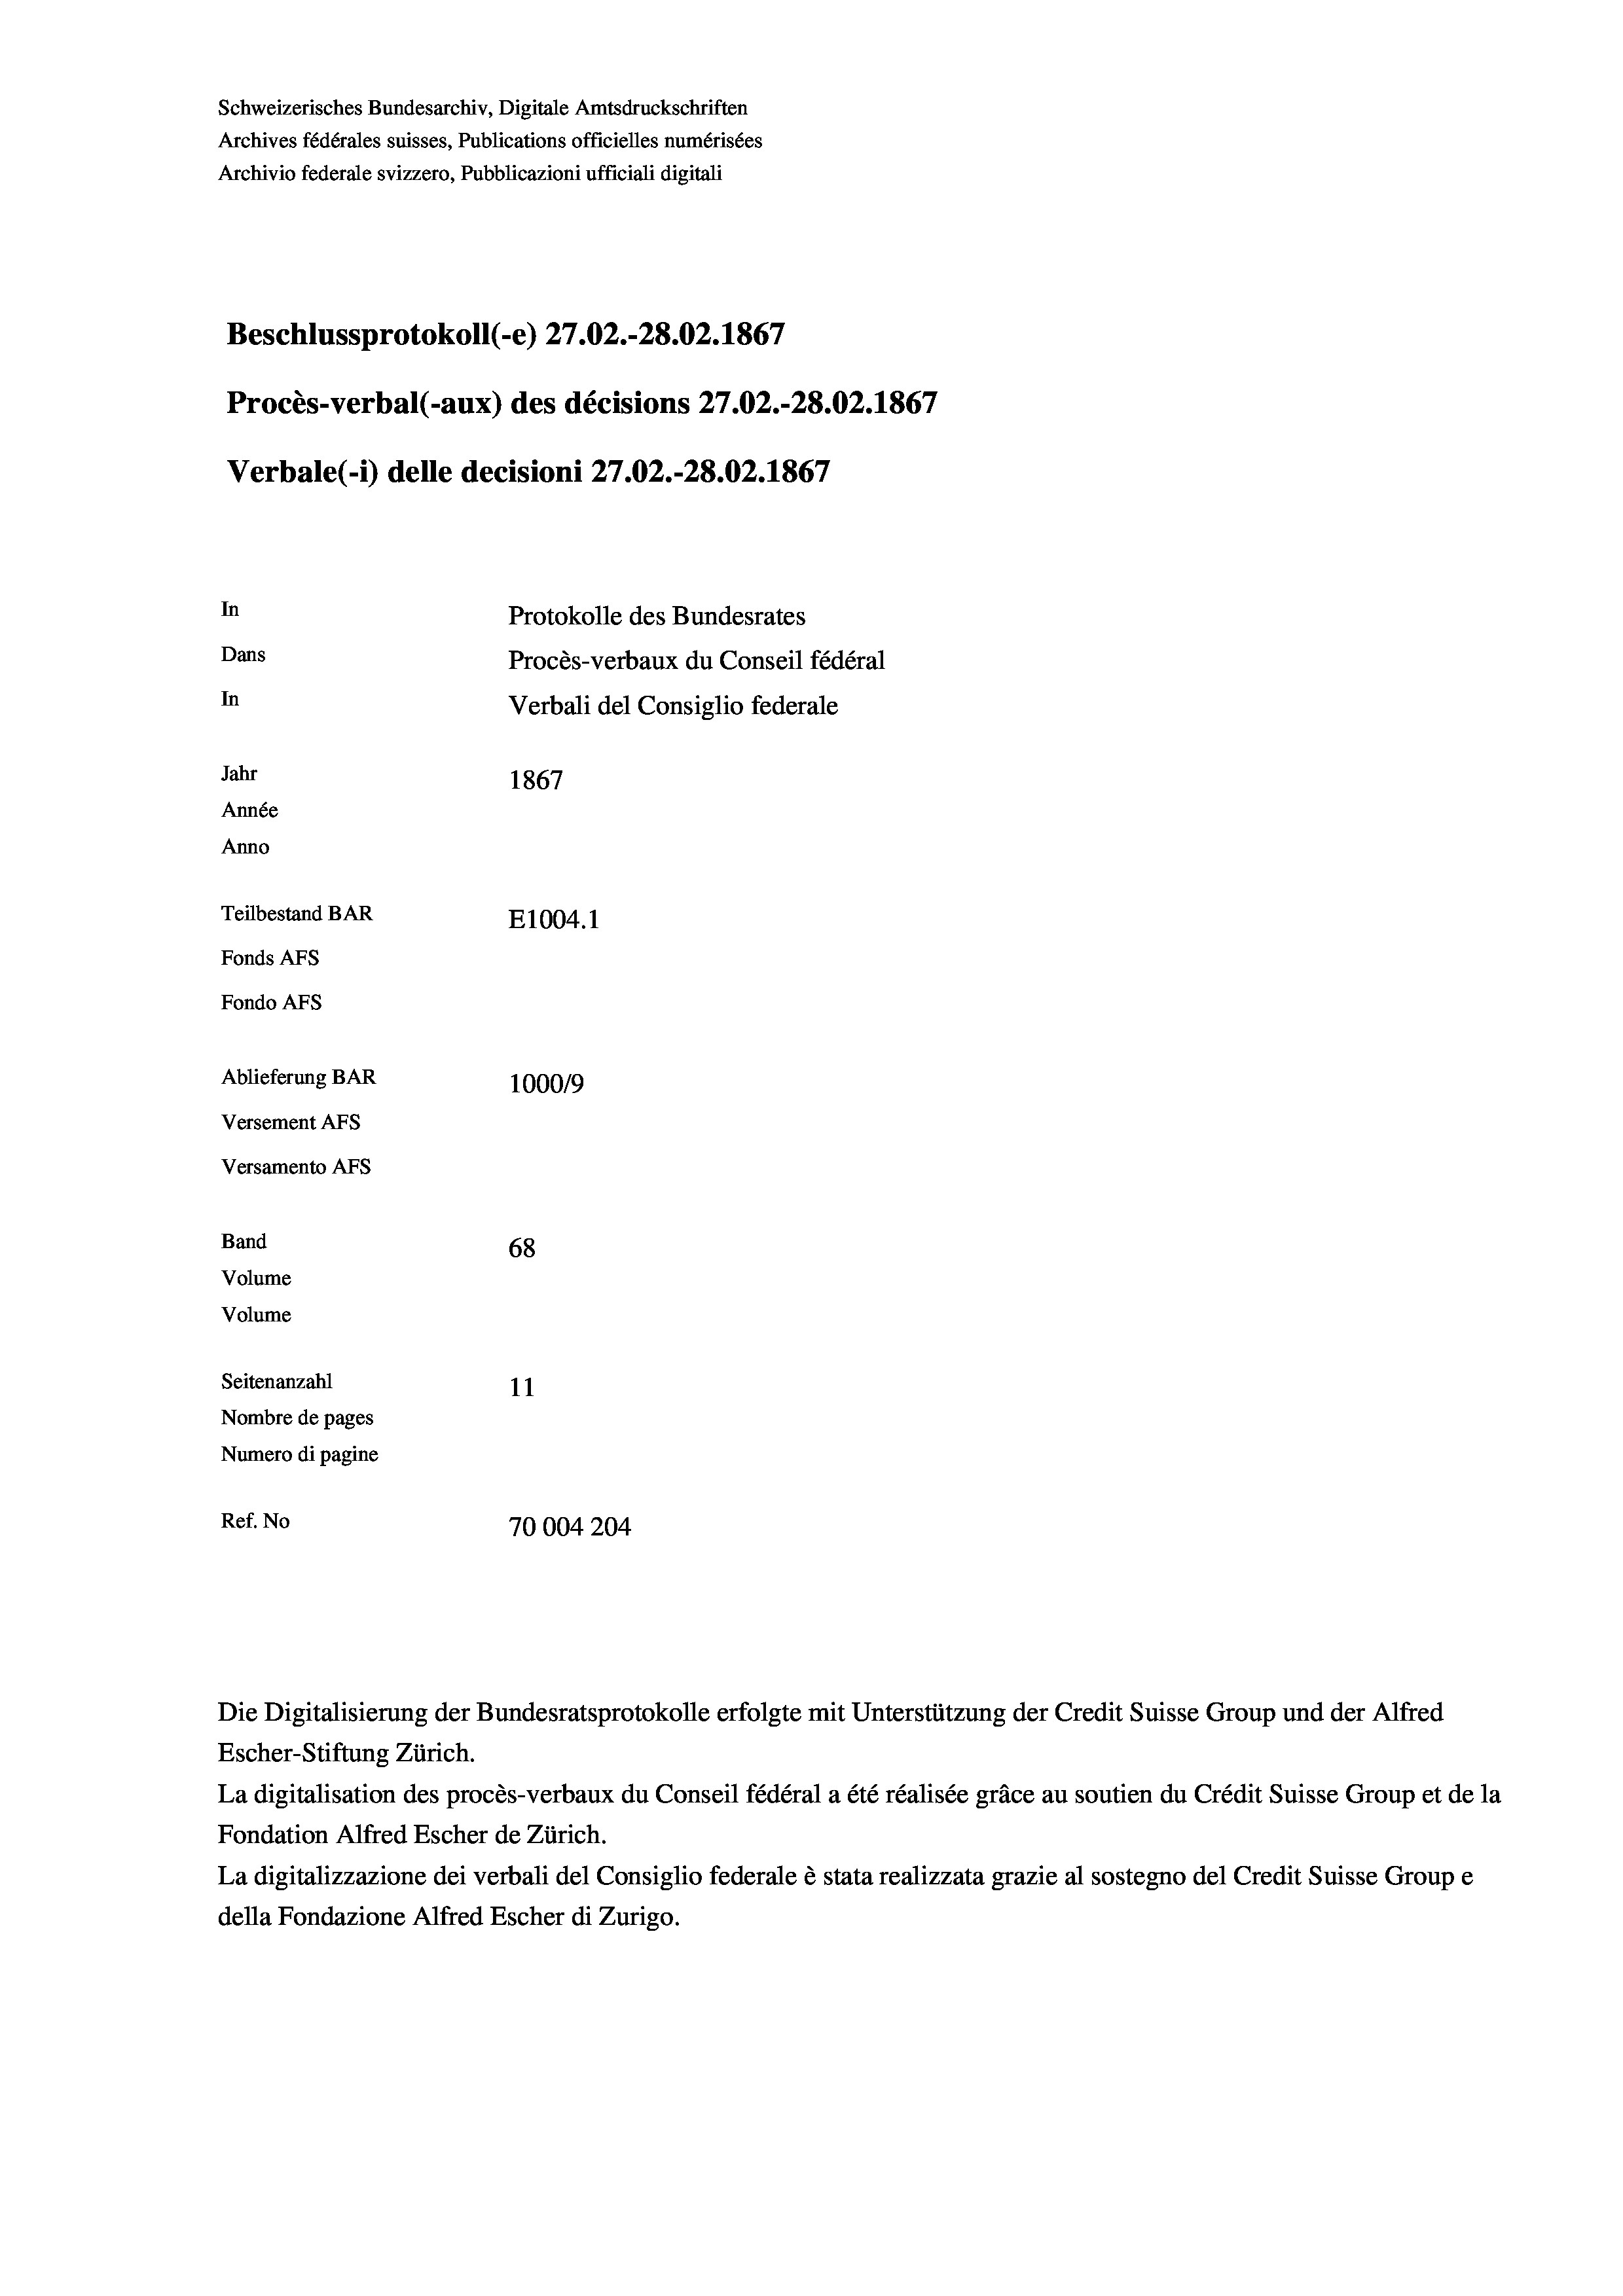
Schweizerisches Bundesarchiv, Digitale Amtsdruckschriften
Archives fédérales suisses, Publications officielles numérisées
Archivio federale svizzero, Pubblicazioni ufficiali digitali
Beschlussprotokoll (-e) 27.02.-28.02. 1867
Procès-verbal (-aux) des décisions 27.02.-28.02. 1867
Verbale (- 1) delle decisioni 27.02.-28.02. 1867
In
Protokolle des Bundesrates
Dans
Procès-verbaux du Conseil fédéral
In
Verbali del Consiglio federale
Jahr
1867
Année
Anno
Teilbestand BAR
E1004.1
Fonds Afs
Fondo AFS
Ablieferung BAR
100019

68
Volume
Volume
Seitenanzahl
11
Nombre de pages
Numero di pagine
Ref. No
70004204

Versement AFs
Versamento AFs

Band

Escher-Stiftung Zürich.
La digitalisation des procès-verbaux du Conseil fédéral a été réalisée gräce au soutien du Crédit Suisse Group et de la
Fondation Alfred Escher de Zürich.
La digitalizzazione dei verbali del Consiglio federale è stata realizzata grazie al sostegno del Credit Suisse Groupe
della Fondazione Alfred Escher di Zurigo.

Die Digitalisierung der Bundesratsprotokolle erfolgte mit Unterstützung der Credit Suisse Group und der Alfred